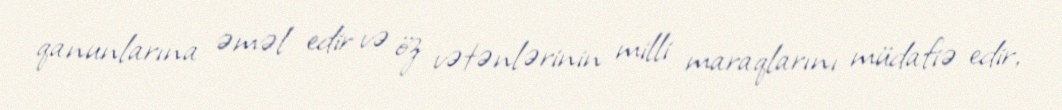
qanunlarına əməl edir və öz vətənlərinin milli maraqlarını müdafiə edir,